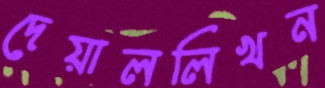
দেয়াললিখন